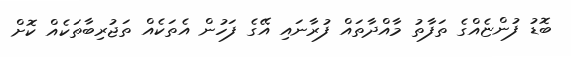
ބޮޑު ފުންޏެއްގެ ތަފާތު މާއްދާތައް ފުރާނައި އޭގެ ފަހުން އެތަކެއް ތަޖުރިބާތަކެއް ކޮށް